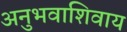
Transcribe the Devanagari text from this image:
अनुभवाशिवाय